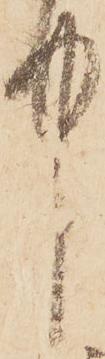
中